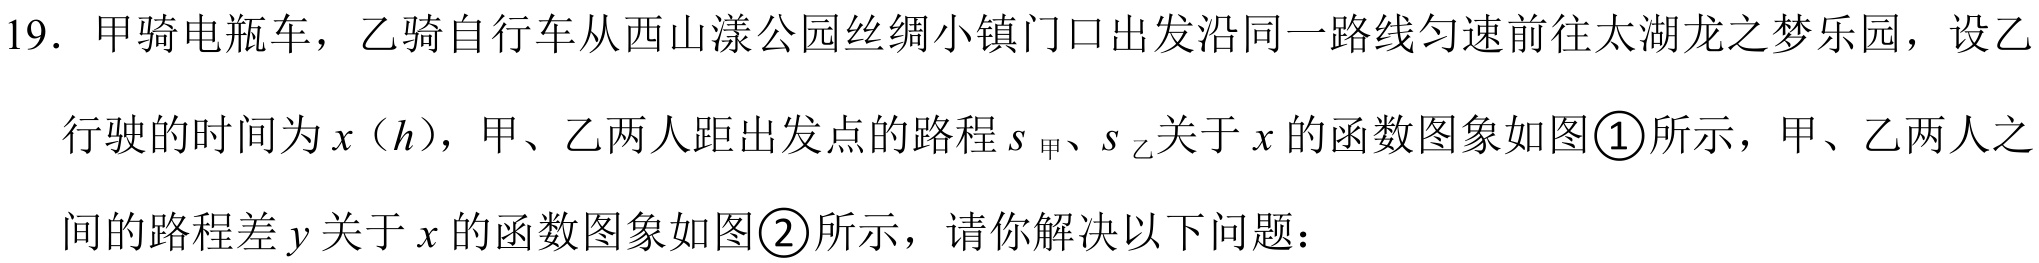
19. 甲骑电瓶车，乙骑自行车从西山漾公园丝绸小镇门口出发沿同一路线匀速前往太湖龙之梦乐园，设乙行驶的时间为\(x（h）\)，甲、乙两人距出发点的路程\(s_{甲}、s_{乙}\)关于\(x\)的函数图象如图\textcircled{1}所示，甲、乙两人之间的路程差\(y\)关于\(x\)的函数图象如图\textcircled{2}所示，请你解决以下问题：